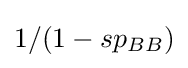
1/(1-sp_{BB})